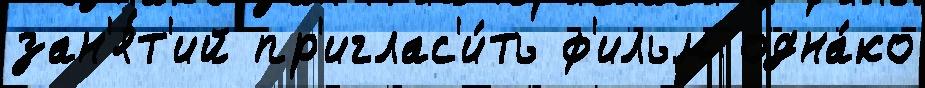
зан'я́т'ий пр'иглас'и́ть ф'ильм одна́ко